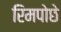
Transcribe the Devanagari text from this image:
रिमपोछे